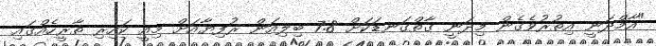
"އާމްދަނީ އިތުރުވެގެން މިދަނީ ގާތްގަނޑަކަށް 7.8 ބިލިއަން ރުފިޔާއަށް މިއީ ކައިރި ތާރީހެއްގައި